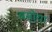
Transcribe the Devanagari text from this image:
बसोया